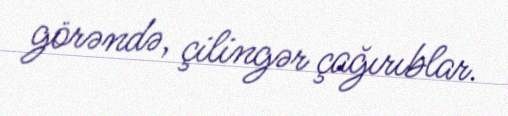
görəndə, çilingər çağırıblar.